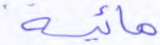
مائية